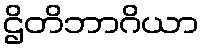
ဌိတိဘာဂိယာ